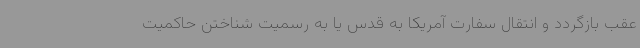
عقب بازگردد و انتقال سفارت آمریکا به قدس یا به رسمیت شناختن حاکمیت